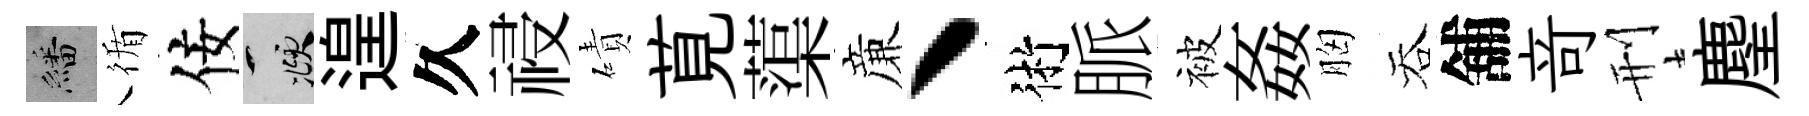
繙循佞頫遑久祲磧莧蕖亷丶術脈被姦胸吞舖竒刑麈